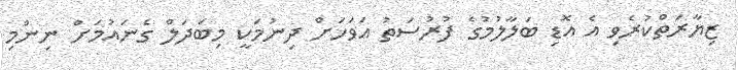
ޒިޔާރަތްކުރެވި އެ އޮޑި ބަލާލުމުގެ ފުރުސަތު އަވަހަށް ދިނުމަކީ މިބަދަލް ގެނައުމަށް ނިންމި